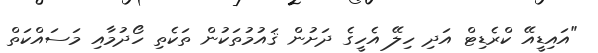
"އައިޑީއޭ ކްރެޑިޓް އަދި ހިލޭ އެހީގެ ދަށުން ޤައުމުތަކުން ތަކެތި ހޯދުމާއި މަސައްކަތް